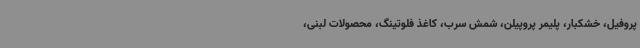
پروفیل، خشکبار، پلیمر پروپیلن، شمش سرب، کاغذ فلوتینگ، محصولات لبنی،